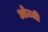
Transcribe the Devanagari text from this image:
ओज्जी